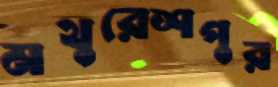
মথুরেশপুর